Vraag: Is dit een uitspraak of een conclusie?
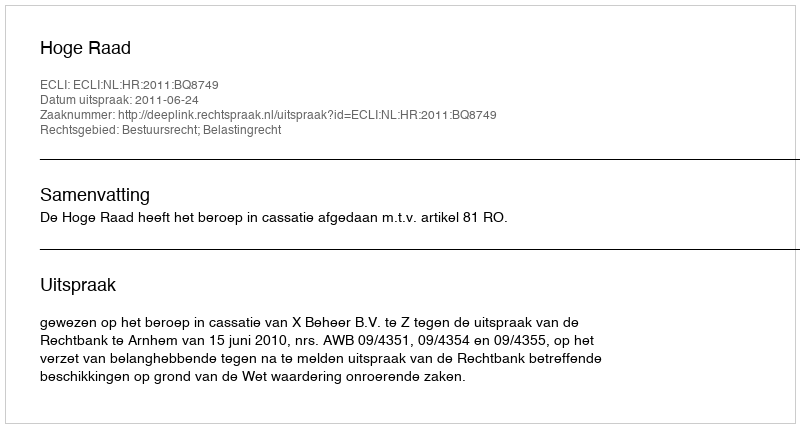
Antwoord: Uitspraak